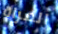
المراة